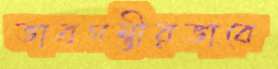
ভাবগম্ভীরভাবে